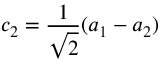
c _ { 2 } = \frac { 1 } { \sqrt { 2 } } ( a _ { 1 } - a _ { 2 } )